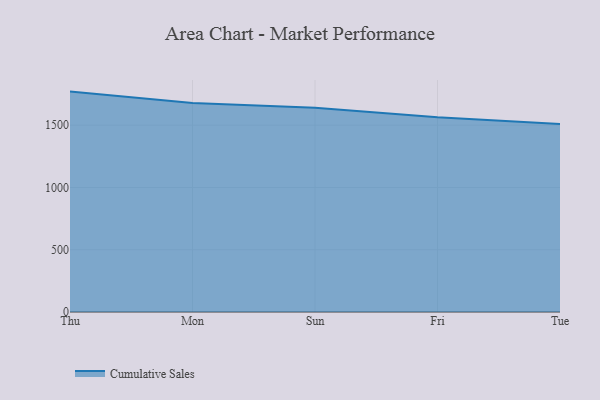
{"axis": {"x": "Day", "y": "Satisfaction Score"}, "legend": ["Cumulative Sales"], "data": [{"x": "Thu", "y": 1769.4, "type": "Cumulative Sales"}, {"x": "Mon", "y": 1677.6, "type": "Cumulative Sales"}, {"x": "Sun", "y": 1640.4, "type": "Cumulative Sales"}, {"x": "Fri", "y": 1562.8, "type": "Cumulative Sales"}, {"x": "Tue", "y": 1509.5, "type": "Cumulative Sales"}]}